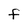
Character: f